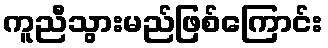
ကူညီသွားမည်ဖြစ်ကြောင်း